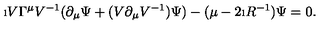
\i V \Gamma ^ { \mu } V ^ { - 1 } ( \partial _ { \mu } \Psi + ( V \partial _ { \mu } V ^ { - 1 } ) \Psi ) - ( \mu - 2 \i R ^ { - 1 } ) \Psi = 0 .